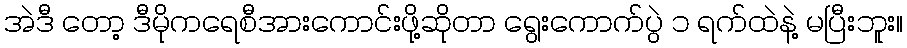
အဲဒီ တော့ ဒီမိုကရေစီအားကောင်းဖို့ဆိုတာ ရွေးကောက်ပွဲ ၁ ရက်ထဲနဲ့ မပြီးဘူး။